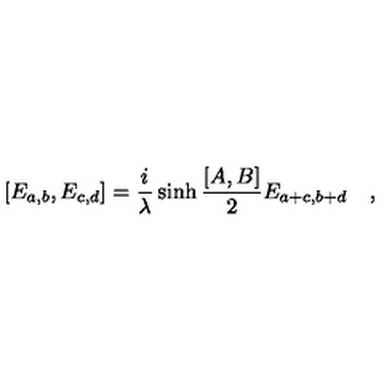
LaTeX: [ E _ { a , b } , E _ { c , d } ] = { \frac { i } { \lambda } } \sinh { { \frac { [ A , B ] } { 2 } } } E _ { a + c , b + d } \quad ,